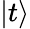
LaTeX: \left|t\right\rangle